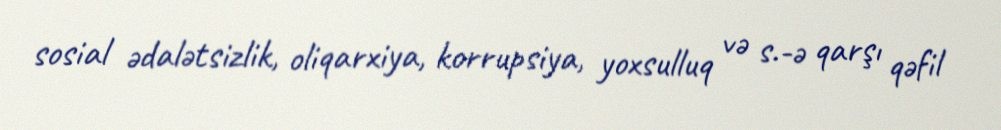
sosial ədalətsizlik, oliqarxiya, korrupsiya, yoxsulluq və s.-ə qarşı qəfil